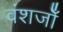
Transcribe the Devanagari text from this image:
वंशजोँ